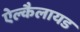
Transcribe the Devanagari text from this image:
ऐल्कैलायड